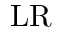
\mathrm { L R }